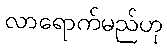
လာရောက်မည်ဟု